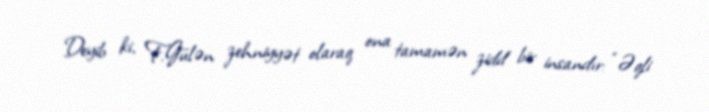
Deyib ki, F.Gülən zehniyyət olaraq ona tamamən zidd bir insandır: “Əqli